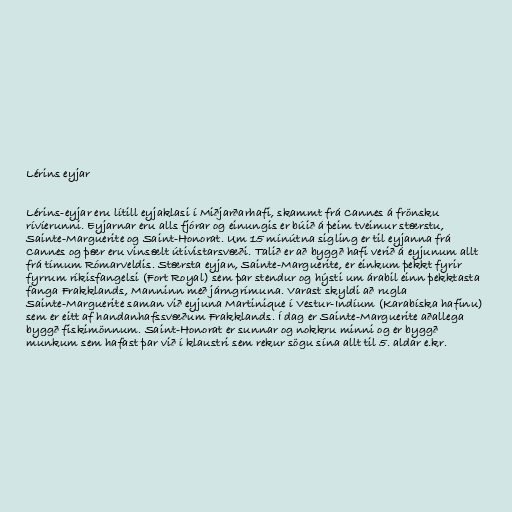
Lérins eyjar

Lérins-eyjar eru lítill eyjaklasi í Miðjarðarhafi, skammt frá Cannes á frönsku
rívíerunni. Eyjarnar eru alls fjórar og einungis er búið á þeim tveimur stærstu,
Sainte-Marguerite og Saint-Honorat. Um 15 mínútna sigling er til eyjanna frá
Cannes og þær eru vinsælt útivistarsvæði. Talið er að byggð hafi verið á eyjunum allt
frá tímum Rómarveldis. Stærsta eyjan, Sainte-Marguerite, er einkum þekkt fyrir
fyrrum ríkisfangelsi (Fort Royal) sem þar stendur og hýsti um árabil einn þekktasta
fanga Frakklands, Manninn með járngrímuna. Varast skyldi að rugla
Sainte-Marguerite saman við eyjuna Martinique í Vestur-Indíum (Karabíska hafinu)
sem er eitt af handanhafssvæðum Frakklands. Í dag er Sainte-Marguerite aðallega
byggð fiskimönnum. Saint-Honorat er sunnar og nokkru minni og er byggð
munkum sem hafast þar við í klaustri sem rekur sögu sína allt til 5. aldar e.kr.